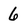
Character: 6